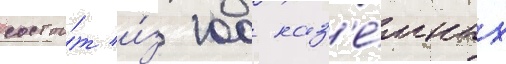
состои́т и́з 100 наз'е́мных